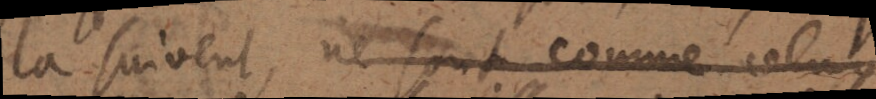
la suivent, ne sont comme celuy